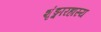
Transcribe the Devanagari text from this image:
शृंङ्गारहास्य